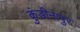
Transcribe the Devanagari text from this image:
कुंडीनापुर